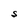
Character: S